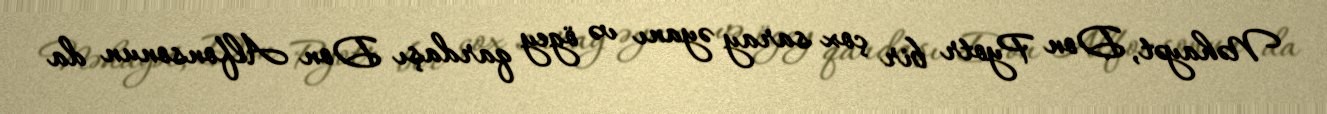
Nəhayət, Don Pyotr bir çox saray əyanı və ögey qardaşı Don Alfonsonun da